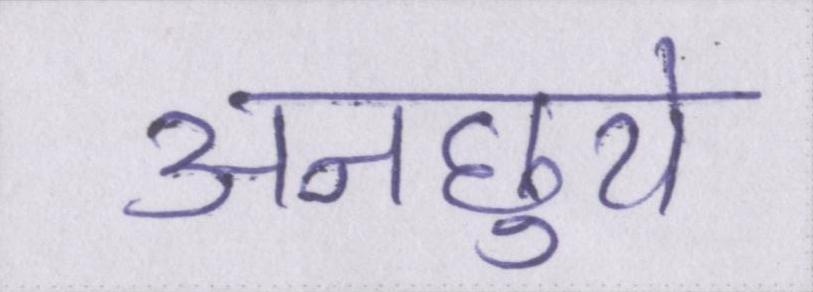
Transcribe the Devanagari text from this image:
अनछुये